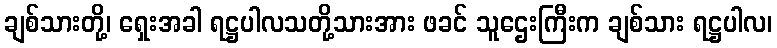
ချစ်သားတို့၊ ရှေးအခါ ရဋ္ဌပါလသတို့သားအား ဖခင် သူဌေးကြီးက ချစ်သား ရဋ္ဌပါလ၊